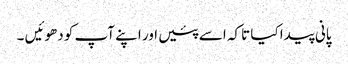
پانی پیدا کیا تاکہ اسے پئیں اور اپنے آپ کو دھوئیں ۔